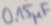
Text: 0,15µF